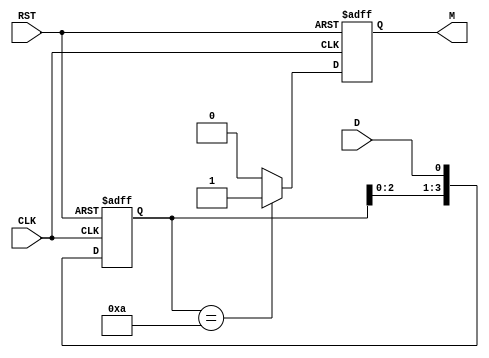
module pattern_detector (
    input wire D,          // Data input
    input wire CLK,        // Clock input
    input wire RST,        // Asynchronous reset
    output reg M           // Match output
);

// Parameters
parameter PATTERN = 4'b1010; // Define the pattern to detect (example: 1010)
parameter PATTERN_LENGTH = 4; // Length of the pattern

// State registers
reg [PATTERN_LENGTH-1:0] state;

// Asynchronous reset and state update on clock edge
always @(posedge CLK or posedge RST) begin
    if (RST) begin
        state <= 0; // Reset state
        M <= 0;     // Reset match output
    end else begin
        // Shift the state left and add the new data bit
        state <= {state[PATTERN_LENGTH-2:0], D};

        // Check if the current state matches the pattern
        if (state == PATTERN) begin
            M <= 1; // Pattern detected
        end else begin
            M <= 0; // No match
        end
    end
end

endmodule